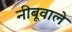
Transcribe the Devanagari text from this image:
नीबूवाले